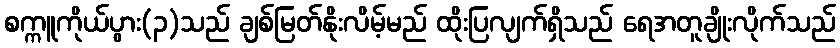
စက္ကူကိုယ်ပွား(၃)သည် ချစ်မြတ်နိုးလိမ့်မည် ထိုးပြလျက်ရှိသည် ရေအတူချိုးလိုက်သည်